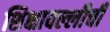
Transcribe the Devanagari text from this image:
शिक्षावल्लीची